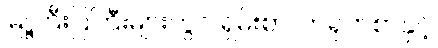
မြို့ကြီးပြကြီးများတွင် ရှမ်းစာ၊ တရုတ်စာနှင့်